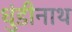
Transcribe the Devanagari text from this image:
धुंडीनाथ